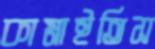
কামাইতিস